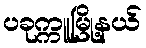
ပခုက္ကူမြို့နယ်